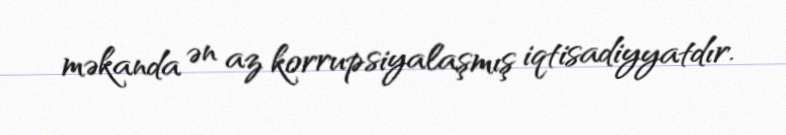
məkanda ən az korrupsiyalaşmış iqtisadiyyatdır.